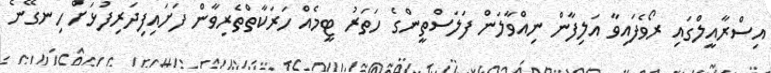
އިސްރާއީލްގައި ރޯވެފައިވާ އަލިފާން ނިއްވާލަން ފަލަސްތީންގެ ހަތަރު ޓީމެއް ހަރަކާތްތެރިވާން ފަށައިފިދަރިފުޅަށް ހިނގޭނެ